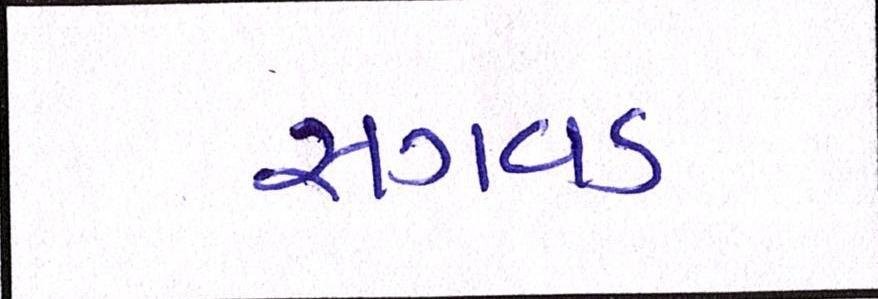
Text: સગવડ